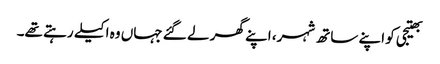
بھتیجی کو اپنے ساتھ شہر، اپنے گھر لے گئے جہاں وہ اکیلے رہتے تھے۔